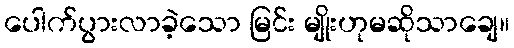
ပေါက်ပွားလာခဲ့သော မြင်း မျိုးဟုမဆိုသာချေ။